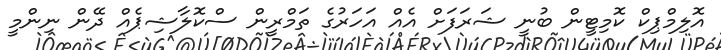
އޮލިމްޕިކް ކޮމިޓީން ބުނީ ޝަރަފަށް އެއް އަހަރުގެ ތަމްރީން ސްކޮލާޝިޕެއް ދޭން ނިންމީ